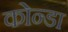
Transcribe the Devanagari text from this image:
कोन्डा